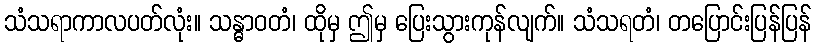
သံသရာကာလပတ်လုံး။ သန္ဓာဝတံ၊ ထိုမှ ဤမှ ပြေးသွားကုန်လျက်။ သံသရတံ၊ တပြောင်းပြန်ပြန်